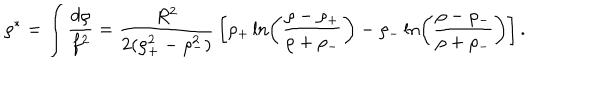
LaTeX: \rho ^ { * } = \int { \frac { d \rho } { f ^ { 2 } } } = { \frac { R ^ { 2 } } { 2 ( \rho _ { + } ^ { 2 } - \rho _ { - } ^ { 2 } ) } } \left[ \rho _ { + } \ln \left( { \frac { \rho - \rho _ { + } } { \rho + \rho _ { - } } } \right) - \rho _ { - } \ln \left( { \frac { \rho - \rho _ { - } } { \rho + \rho _ { - } } } \right) \right] .